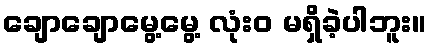
ချောချောမွေ့မွေ့ လုံးဝ မရှိခဲ့ပါဘူး။